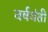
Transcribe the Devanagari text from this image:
वर्षयंती